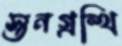
স্তনগ্রন্থি